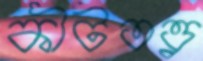
কীটতত্ত্ব